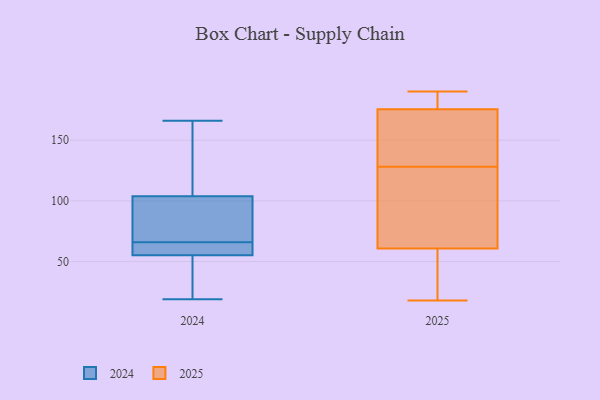
{"axis": {"x": "Waste Production (Tons)", "y": "Value"}, "legend": ["2024", "2025"], "data": [{"x": "", "y": 63, "type": "2024"}, {"x": "", "y": 44, "type": "2024"}, {"x": "", "y": 85, "type": "2024"}, {"x": "", "y": 54, "type": "2024"}, {"x": "", "y": 79, "type": "2024"}, {"x": "", "y": 61, "type": "2024"}, {"x": "", "y": 163, "type": "2024"}, {"x": "", "y": 19, "type": "2024"}, {"x": "", "y": 70, "type": "2024"}, {"x": "", "y": 110, "type": "2024"}, {"x": "", "y": 166, "type": "2024"}, {"x": "", "y": 49, "type": "2024"}, {"x": "", "y": 128, "type": "2024"}, {"x": "", "y": 66, "type": "2024"}, {"x": "", "y": 59, "type": "2024"}, {"x": "", "y": 190, "type": "2025"}, {"x": "", "y": 57, "type": "2025"}, {"x": "", "y": 177, "type": "2025"}, {"x": "", "y": 18, "type": "2025"}, {"x": "", "y": 84, "type": "2025"}, {"x": "", "y": 21, "type": "2025"}, {"x": "", "y": 113, "type": "2025"}, {"x": "", "y": 186, "type": "2025"}, {"x": "", "y": 155, "type": "2025"}, {"x": "", "y": 62, "type": "2025"}, {"x": "", "y": 148, "type": "2025"}, {"x": "", "y": 128, "type": "2025"}, {"x": "", "y": 175, "type": "2025"}, {"x": "", "y": 168, "type": "2025"}, {"x": "", "y": 185, "type": "2025"}, {"x": "", "y": 30, "type": "2025"}, {"x": "", "y": 75, "type": "2025"}]}